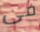
فى